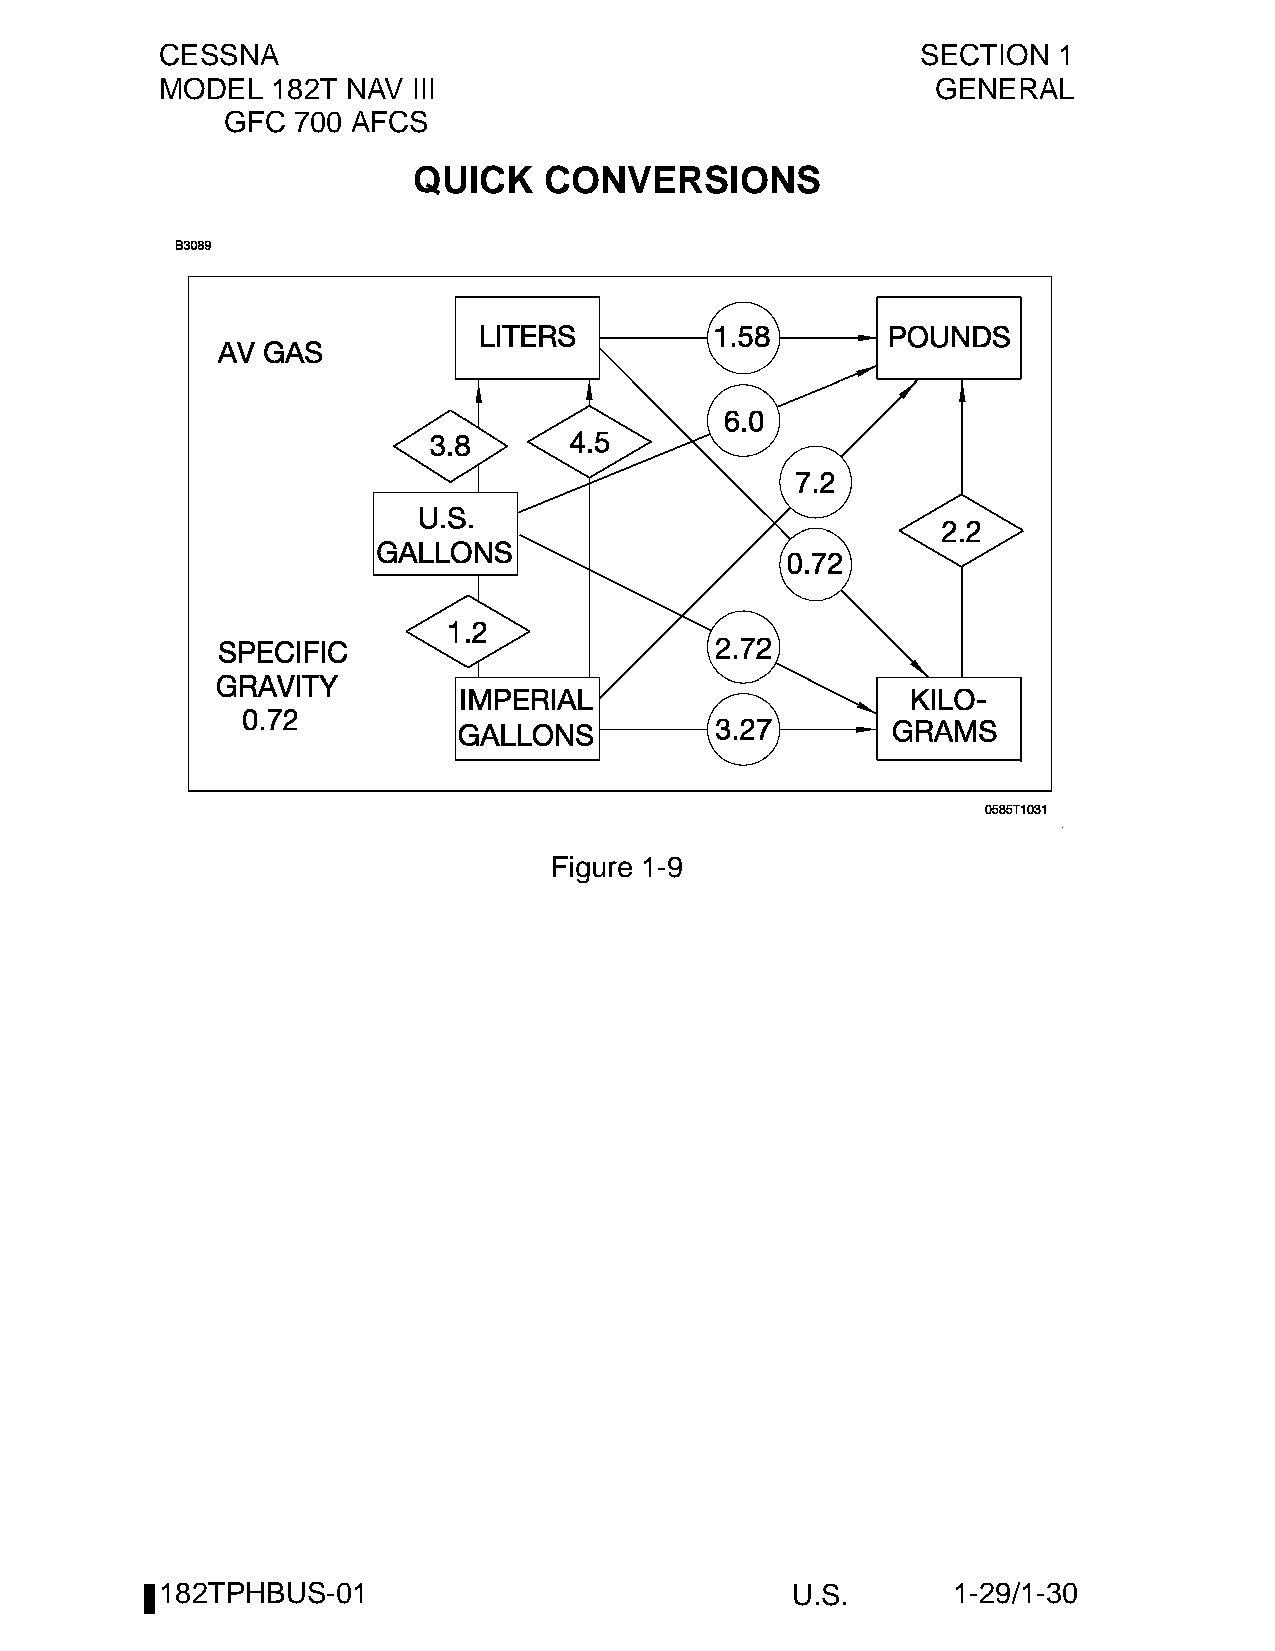
CESSNA                                            SECTION  1
 MODEL  182T NAV III                                GENERAL
 GFC 700 AFCS
 QUICK    CONVERSIONS
 Figure 1-9
 182TPHBUS-01                             U.S.       1-29/1-30